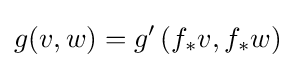
g(v,w)=g'\left(f_{*}v,f_{*}w\right)